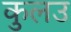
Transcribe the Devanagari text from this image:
कुलउ